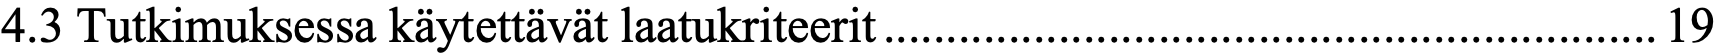
4.3 Tutkimuksessa käytettävät laatukriteerit .............................................................. 19